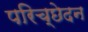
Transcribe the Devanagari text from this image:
परिच्छेदन